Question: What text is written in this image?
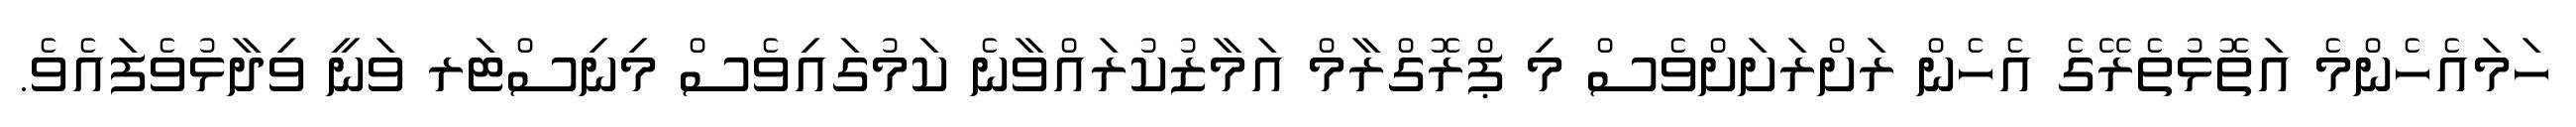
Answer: ހަމައެހެންމެ އަތޮޅުތެރޭގެ އެހެން ރަށްރަށަށްވެސް މި ޕްރޮގްރާމް އަމާޒުކުރައްވާނެ ކަމުގައިވެސް މިނިސްޓަރ ވަނީ ވިދާޅުވެފައެވެ.